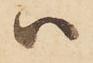
ハ